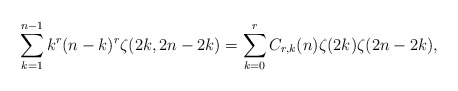
\begin{align*} \sum_{k=1}^{n-1} k^r(n-k)^r\zeta(2k,2n-2k)=\sum_{k=0}^{r} C_{r,k}(n) \zeta(2k)\zeta(2n-2k),\end{align*}